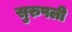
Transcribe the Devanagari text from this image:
सुरुपली